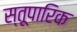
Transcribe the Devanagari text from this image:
स्तूपारिक